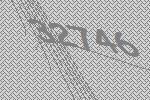
32746